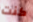
كنت